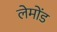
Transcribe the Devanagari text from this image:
लेमोंड